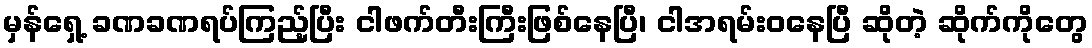
မှန်ရှေ့ ခဏခဏရပ်ကြည့်ပြီး ငါဖက်တီးကြီးဖြစ်နေပြီ၊ ငါအရမ်းဝနေပြီ ဆိုတဲ့ ဆိုက်ကိုတွေ